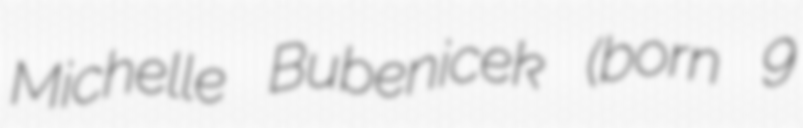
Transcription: Michelle Bubenicek (born 9